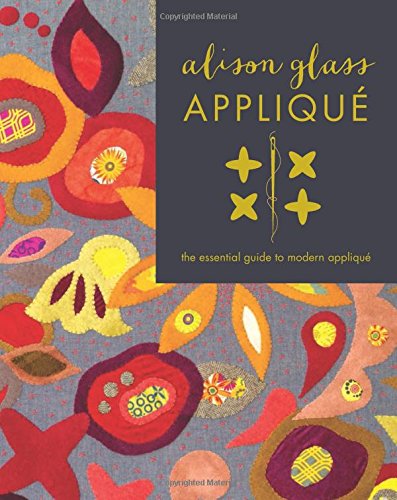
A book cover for Alison Glass AppliquÃ©: The Essential Guide to Modern AppliquÃ©; Alison Glass; Crafts, Hobbies & Home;